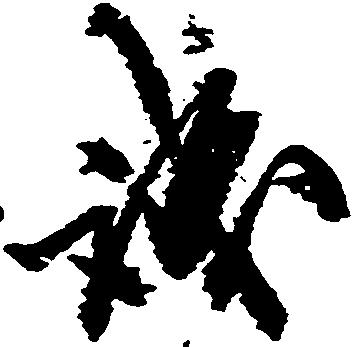
誠